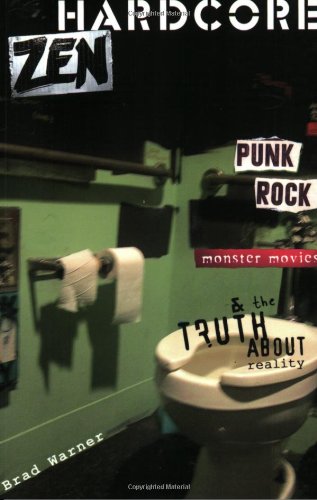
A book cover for Hardcore Zen: Punk Rock, Monster Movies and the Truth About Reality; Brad Warner; Biographies & Memoirs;